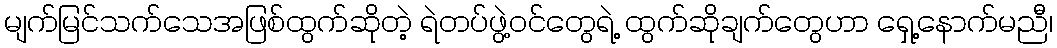
မျက်မြင်သက်သေအဖြစ်ထွက်ဆိုတဲ့ ရဲတပ်ဖွဲ့ဝင်တွေရဲ့ ထွက်ဆိုချက်တွေဟာ ရှေ့နောက်မညီ၊